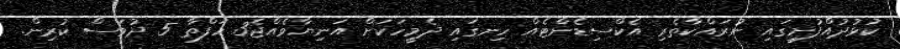
ކުޅުދުއްފުށީގައި ނުރައްކާތެރި އެކްސިޑެންޓެއް ހިނގައި ދެމީހަކަށް އަނިޔާވެއްޖެ3 ހަފްތާ 5 ދުވަސް ކުރިން.